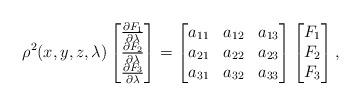
LaTeX: \begin{align*}\rho^2(x,y,z,\lambda)\begin{bmatrix}\frac{\partial F_1}{\partial \lambda}\\\frac{\partial F_2}{\partial \lambda} \\\frac{\partial F_3}{\partial \lambda}\end{bmatrix}&=\begin{bmatrix}a_{11} & a_{12} & a_{13} \\a_{21} & a_{22} & a_{23} \\a_{31} & a_{32} & a_{33} \end{bmatrix}\begin{bmatrix}F_1 \\F_2\\F_3\end{bmatrix}, \end{align*}